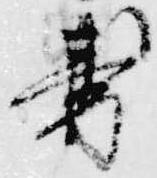
寿